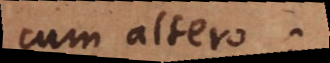
cum altero;